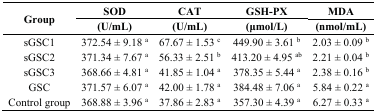
| <ROWSPAN=2> Group | SOD | CAT | GSH-PX | MDA |
 | (U/mL) | (U/mL) | (μmol/L) | (nmol/mL) |
 | --- | --- | --- | --- | --- |
 | sGSC1 | 372.54 ± 9.18 a | 67.67 ± 1.53 c | 449.90 ± 3.61 b | 2.03 ± 0.09 b |
 | sGSC2 | 371.34 ± 7.67 a | 56.33 ± 2.51 b | 413.20 ± 4.95 ab | 2.21 ± 0.04 b |
 | sGSC3 | 368.66 ± 4.81 a | 41.85 ± 1.04 a | 378.35 ± 5.44 a | 2.38 ± 0.16 b |
 | GSC | 371.57 ± 6.07 a | 42.00 ± 1.78 a | 384.48 ± 7.06 a | 5.84 ± 0.22 a |
 | Control group | 368.88 ± 3.96 a | 37.86 ± 2.83 a | 357.30 ± 4.39 a | 6.27 ± 0.33 a |